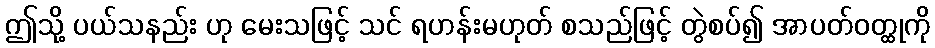
ဤသို့ ပယ်သနည်း ဟု မေးသဖြင့် သင် ရဟန်းမဟုတ် စသည်ဖြင့် တွဲစပ်၍ အာပတ်ဝတ္ထုကို